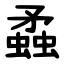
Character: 蟊